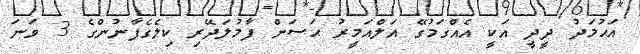
އަޙުމަދު ދީދީ އަކީ އެއްގަމުގޭ އަލްއަމީރު ޙަސަން ފާމުލަދޭރި ކިލެގެފާނުންގެ 3 ވަނަ